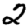
Digit: 2